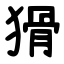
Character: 猾